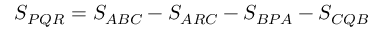
\displaystyle S _ { P Q R } = S _ { A B C } - S _ { A R C } - S _ { B P A } - S _ { C Q B }